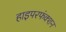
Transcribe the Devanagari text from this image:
हाइपरफंक्शन